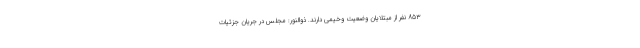
853 نفر از مبتلایان وضعیت وخیمی دارند. ذوالنور: مجلس در جریان جزئیات